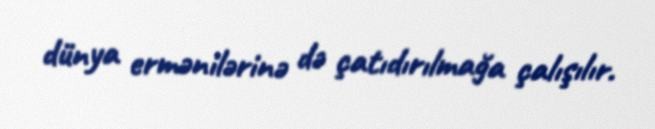
dünya ermənilərinə də çatıdırılmağa çalışılır.